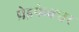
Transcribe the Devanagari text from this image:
प्रेइफेक्चर